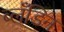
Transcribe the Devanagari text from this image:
ब्लँडिन